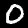
Label: 0